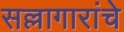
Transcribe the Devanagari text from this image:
सल्लागारांचे